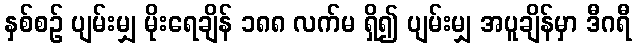
နှစ်စဉ် ပျမ်းမျှ မိုးရေချိန် ၁၈၈ လက်မ ရှိ၍ ပျမ်းမျှ အပူချိန်မှာ ဒီဂရီ